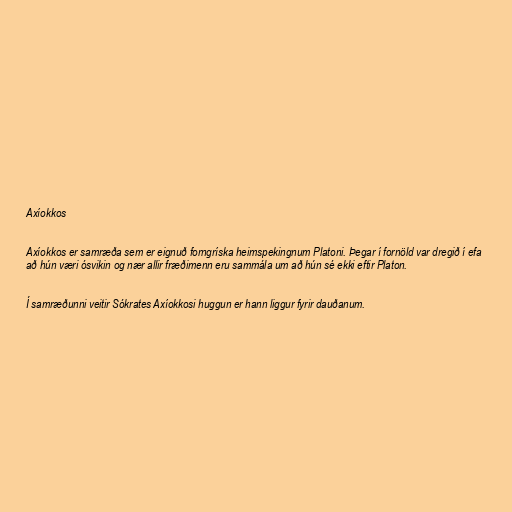
Axíokkos

Axíokkos er samræða sem er eignuð forngríska heimspekingnum Platoni. Þegar í fornöld var dregið í efa
að hún væri ósvikin og nær allir fræðimenn eru sammála um að hún sé ekki eftir Platon.

Í samræðunni veitir Sókrates Axíokkosi huggun er hann liggur fyrir dauðanum.